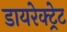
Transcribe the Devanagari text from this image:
डायरेक्ट्रेट